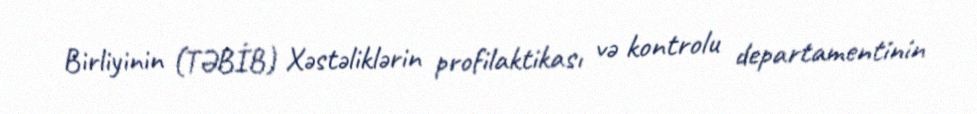
Birliyinin (TƏBİB) Xəstəliklərin profilaktikası və kontrolu departamentinin